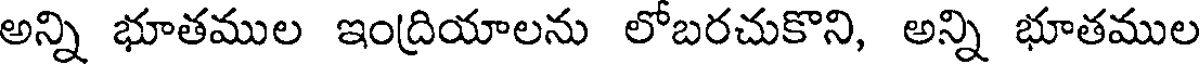
అన్ని భూతముల ఇంద్రియాలను లోబరచుకొని, అన్ని భూతముల